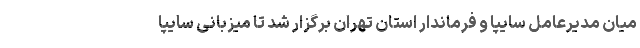
میان مدیرعامل سایپا و فرماندار استان تهران برگزار شد تا میزبانی سایپا